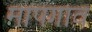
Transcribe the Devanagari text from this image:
मापगाव